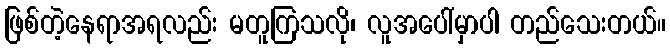
ဖြစ်တဲ့နေရာအရလည်း မတူကြသလို၊ လူအပေါ်မှာပါ တည်သေးတယ်။